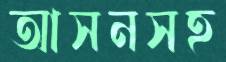
আসনসহ